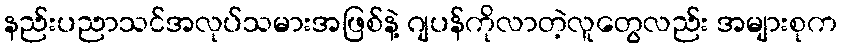
နည်းပညာသင်အလုပ်သမားအဖြစ်နဲ့ ဂျပန်ကိုလာတဲ့လူတွေလည်း အများစုက